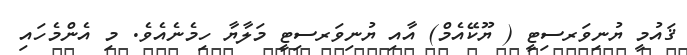
ޤައުމީ ޔުނިވަރސިޓީ ( ޔޫކޭއެމް) އާއި ޔުނިވަރސިޓީ މަލާޔާ ހިމެނެއެވެ. މި އެންމެހައި